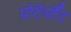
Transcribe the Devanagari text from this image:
प्रोटेस्टैँट